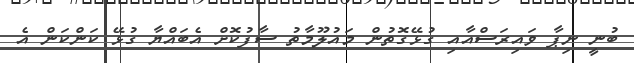
ބުނީ ނިޕާ ވައިރަސްއާއި ގުޅޭގޮތުން މައުލޫމާތު ސާފުކޮށް އެބައްޔާ ގުޅޭ ކަންކަން އެ